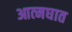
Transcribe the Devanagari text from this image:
आत्‍मघात